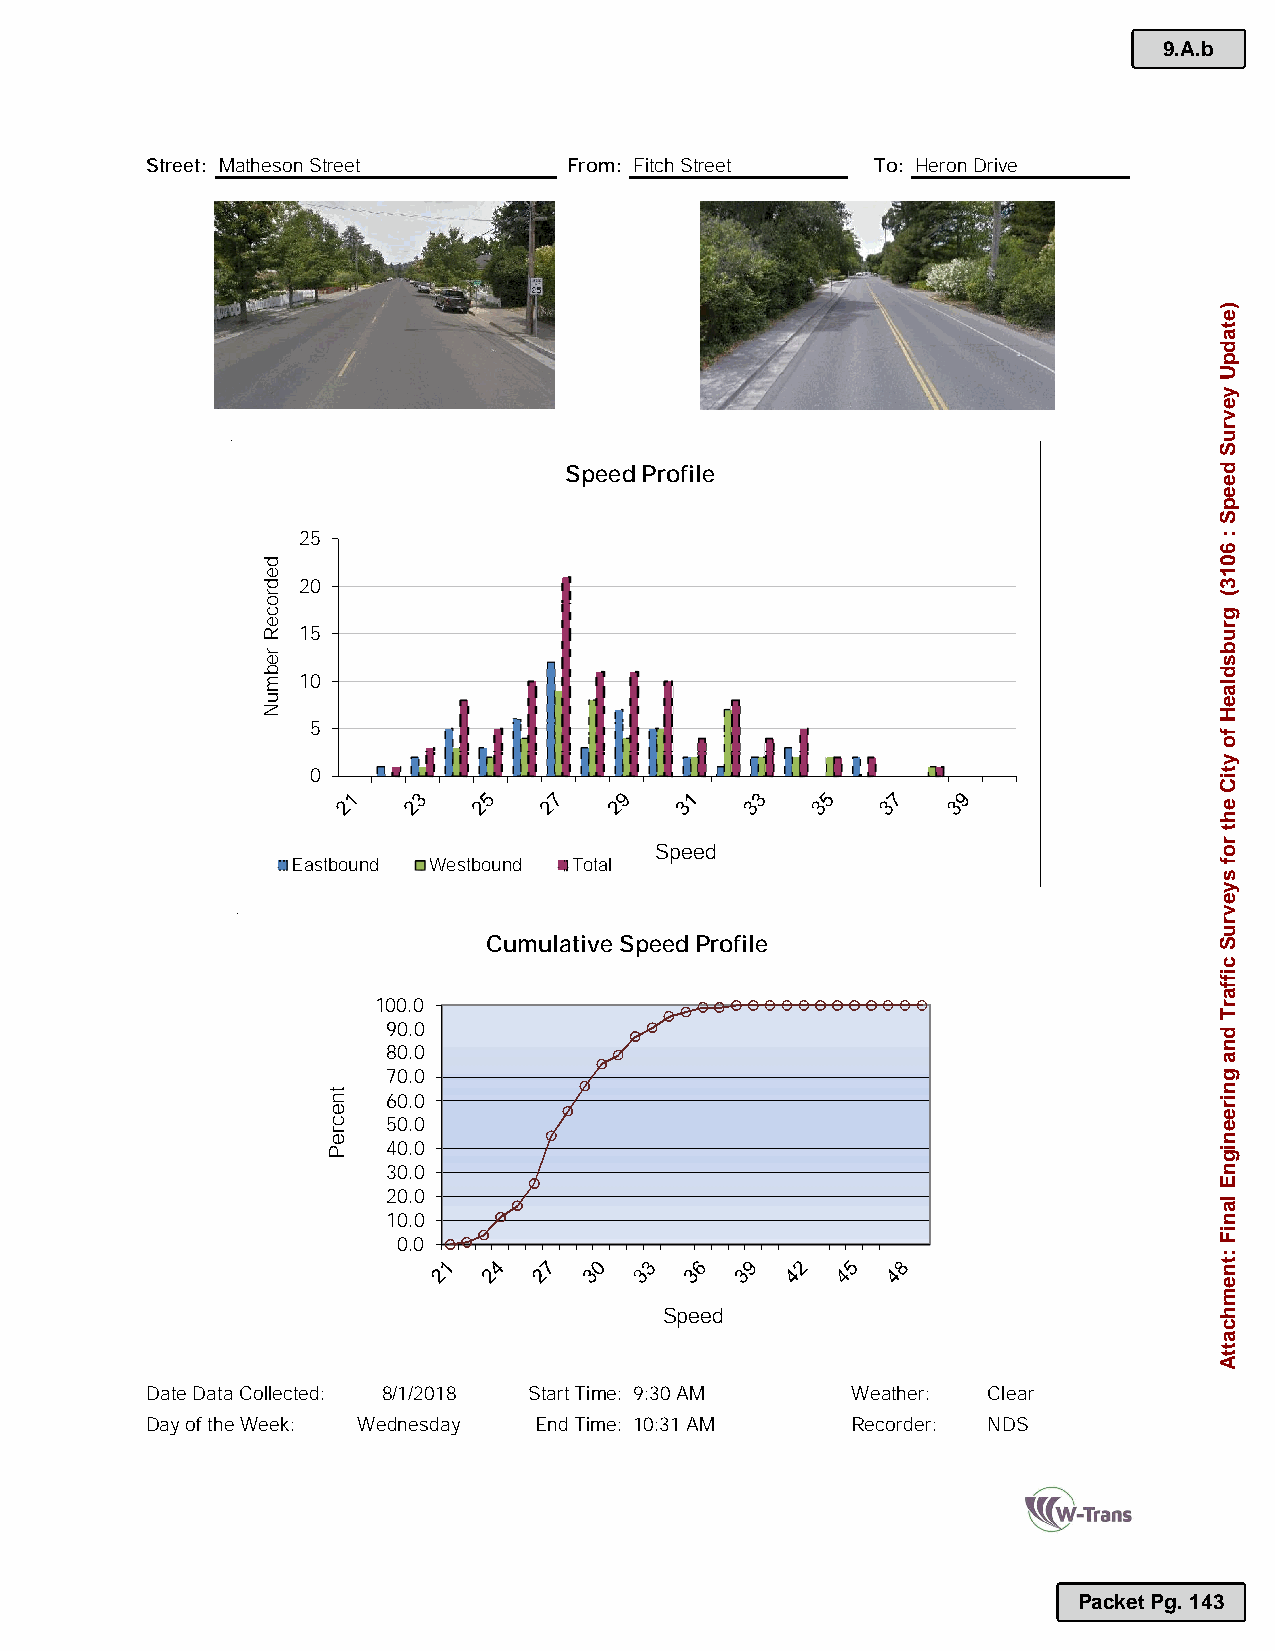
9.A.b
 Street: Matheson Street     From: Fitch Street  To: Heron Drive
 PHOTO                            PHOTO
 Speed Profile
 25
 20
 15
 10
 5
 0
 Speed
 Eastbound Westbound Total
 Cumulative Speed Profile
 100.0
 90.0
 80.0
 70.0
 60.0
 50.0
 40.0
 30.0
 20.0
 10.0
 0.0
 Speed
 Date Data Collected: 8/1/2018 Start Time: 9:30 AM Weather: Clear
 Day of the Week: Wednesday End Time: 10:31 AM Recorder: NDS
 Packet Pg. 143
 dedroceR
 rebmuN
 tnecreP
 )etadpU
 yevruS
 deepS
 :
 6013(
 grubsdlaeH
 fo
 ytiC
 eht
 rof
 syevruS
 ciffarT
 dna
 gnireenignE
 laniF
 :tnemhcattA